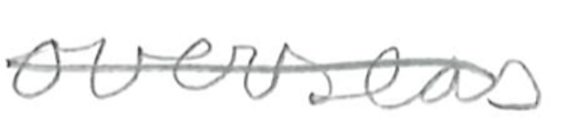
Text: overseas
Cross-out: single-line
Writing tool: pencil